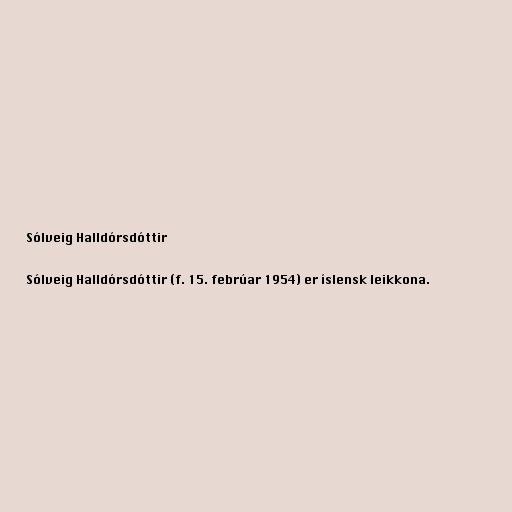
Sólveig Halldórsdóttir

Sólveig Halldórsdóttir (f. 15. febrúar 1954) er íslensk leikkona.